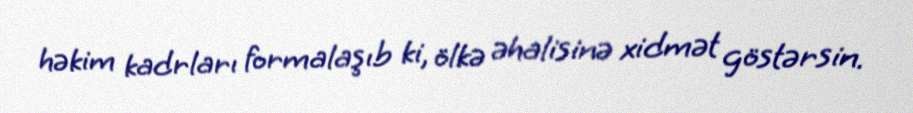
həkim kadrları formalaşıb ki, ölkə əhalisinə xidmət göstərsin.